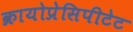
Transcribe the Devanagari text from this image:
क्रायोप्रेसिपीटेट